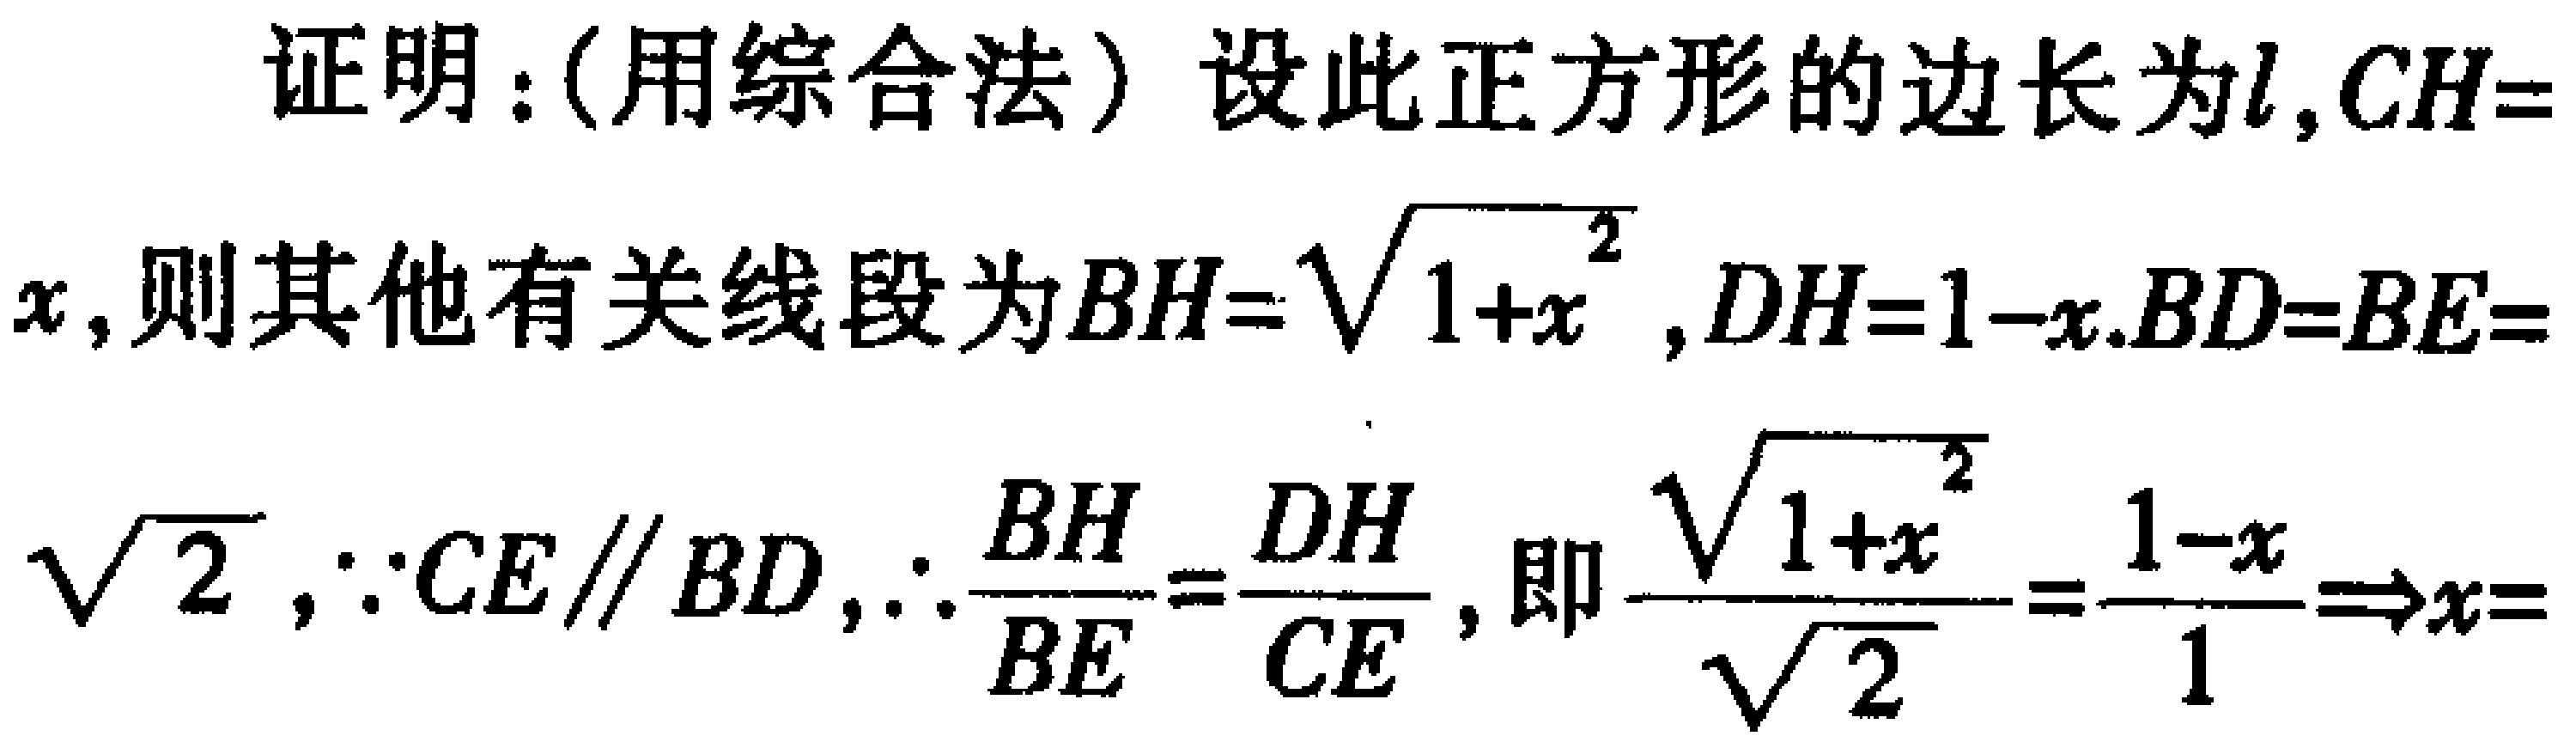
证明：(用综合法) 设此正方形的边长为\(l\)，\(CH = x\)，则其他有关线段为\(BH=\sqrt{1 + x^{2}}\)，\(DH = 1 - x\)，\(BD=BE=\sqrt{2}\)，\(\because CE\parallel BD\)，\(\therefore\frac{BH}{BE}=\frac{DH}{CE}\)，即\(\frac{\sqrt{1 + x^{2}}}{\sqrt{2}}=\frac{1 - x}{1}\Rightarrow x=\)